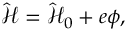
\hat { \mathcal { H } } = \hat { \mathcal { H } } _ { 0 } + e \phi ,